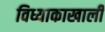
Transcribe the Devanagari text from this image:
विध्याकाखाली